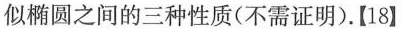
似椭圆之间的三种性质(不需证明).【18】